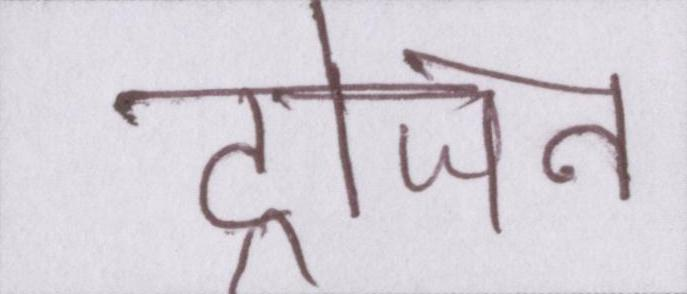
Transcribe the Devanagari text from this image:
ट्रोजन